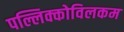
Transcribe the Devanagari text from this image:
पल्लिक्कोविलकम